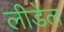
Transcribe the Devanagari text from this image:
लीडेल